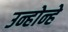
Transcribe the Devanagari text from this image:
उन्होन्हे